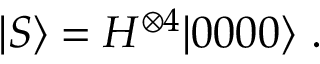
\vert S \rangle = H ^ { \otimes 4 } \vert 0 0 0 0 \rangle ~ .